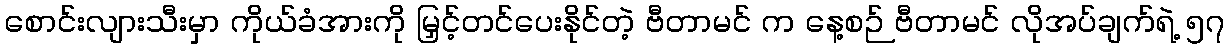
စောင်းလျားသီးမှာ ကိုယ်ခံအားကို မြှင့်တင်ပေးနိုင်တဲ့ ဗီတာမင် က နေ့စဉ် ဗီတာမင် လိုအပ်ချက်ရဲ့ ၅၇